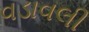
વડાવલી